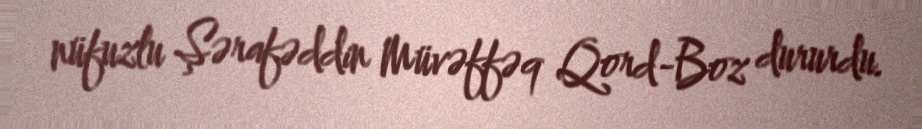
nüfuzlu Şərafəddin Müvəffəq Qord-Boz dururdu.